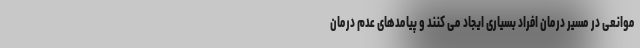
موانعی در مسیر درمان افراد بسیاری ایجاد می کنند و پیامدهای عدم درمان